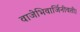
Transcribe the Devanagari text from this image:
वाजेभिवार्जिनीवती।